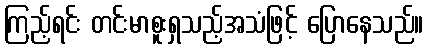
ကြည့်ရင်း တင်းမာစူးရှသည့်အသံဖြင့် ပြောနေသည်။